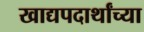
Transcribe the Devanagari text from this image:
खाद्यपदार्थांच्या